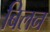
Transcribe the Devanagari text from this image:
बिलन